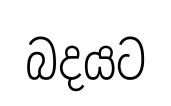
බදයට